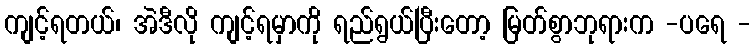
ကျင့်ရတယ်၊ အဲဒီလို ကျင့်ရမှာကို ရည်ရွယ်ပြီးတော့ မြတ်စွာဘုရားက -ပရေ -